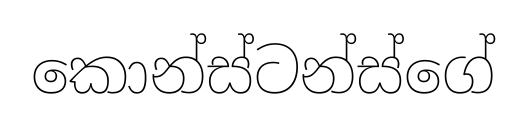
කොන්ස්ටන්ස්ගේ